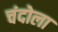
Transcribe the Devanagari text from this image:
चंदोला